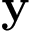
\mathbf { y }